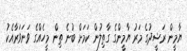
ޔާމީން ރަޝީދުގެ މަރު ޔާމީންގެ ގާތިލުން ކަމަށް ބުނެ ތިން މީހެއްގެ ވަނަވަރާއެކު